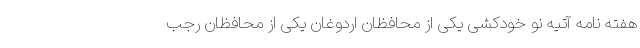
هفته نامه آتیه نو خودکشی یکی از محافظان اردوغان یکی از محافظان رجب